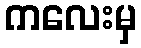
ကလေးမှ